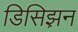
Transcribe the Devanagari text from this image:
डिसिझ़न